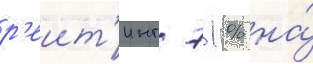
р'еит'инг 71 % на́